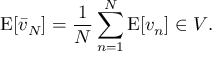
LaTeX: \operatorname { E } [ { \bar { v } } _ { N } ] = { \frac { 1 } { N } } \sum _ { n = 1 } ^ { N } \operatorname { E } [ v _ { n } ] \in V .